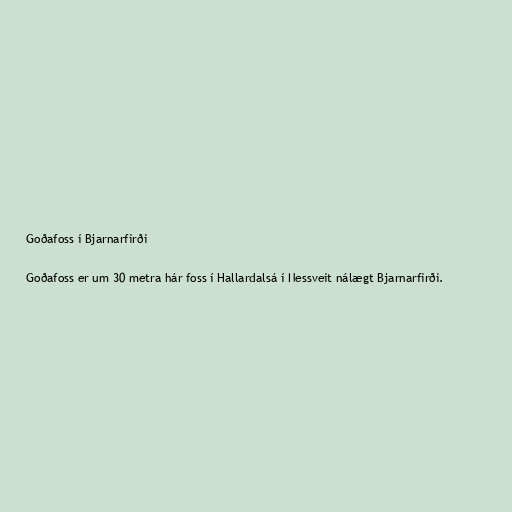
Goðafoss í Bjarnarfirði

Goðafoss er um 30 metra hár foss í Hallardalsá í Nessveit nálægt Bjarnarfirði.